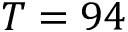
T = 9 4